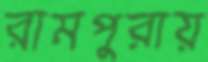
রামপুরায়